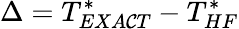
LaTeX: \Delta=T_{EXA\mathcal{C}T}^{*}-T_{HF}^{*}